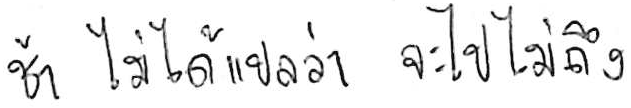
ช้า ไม่ได้แปลว่า จะไปไม่ถึง